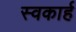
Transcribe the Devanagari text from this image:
स्वकार्ह